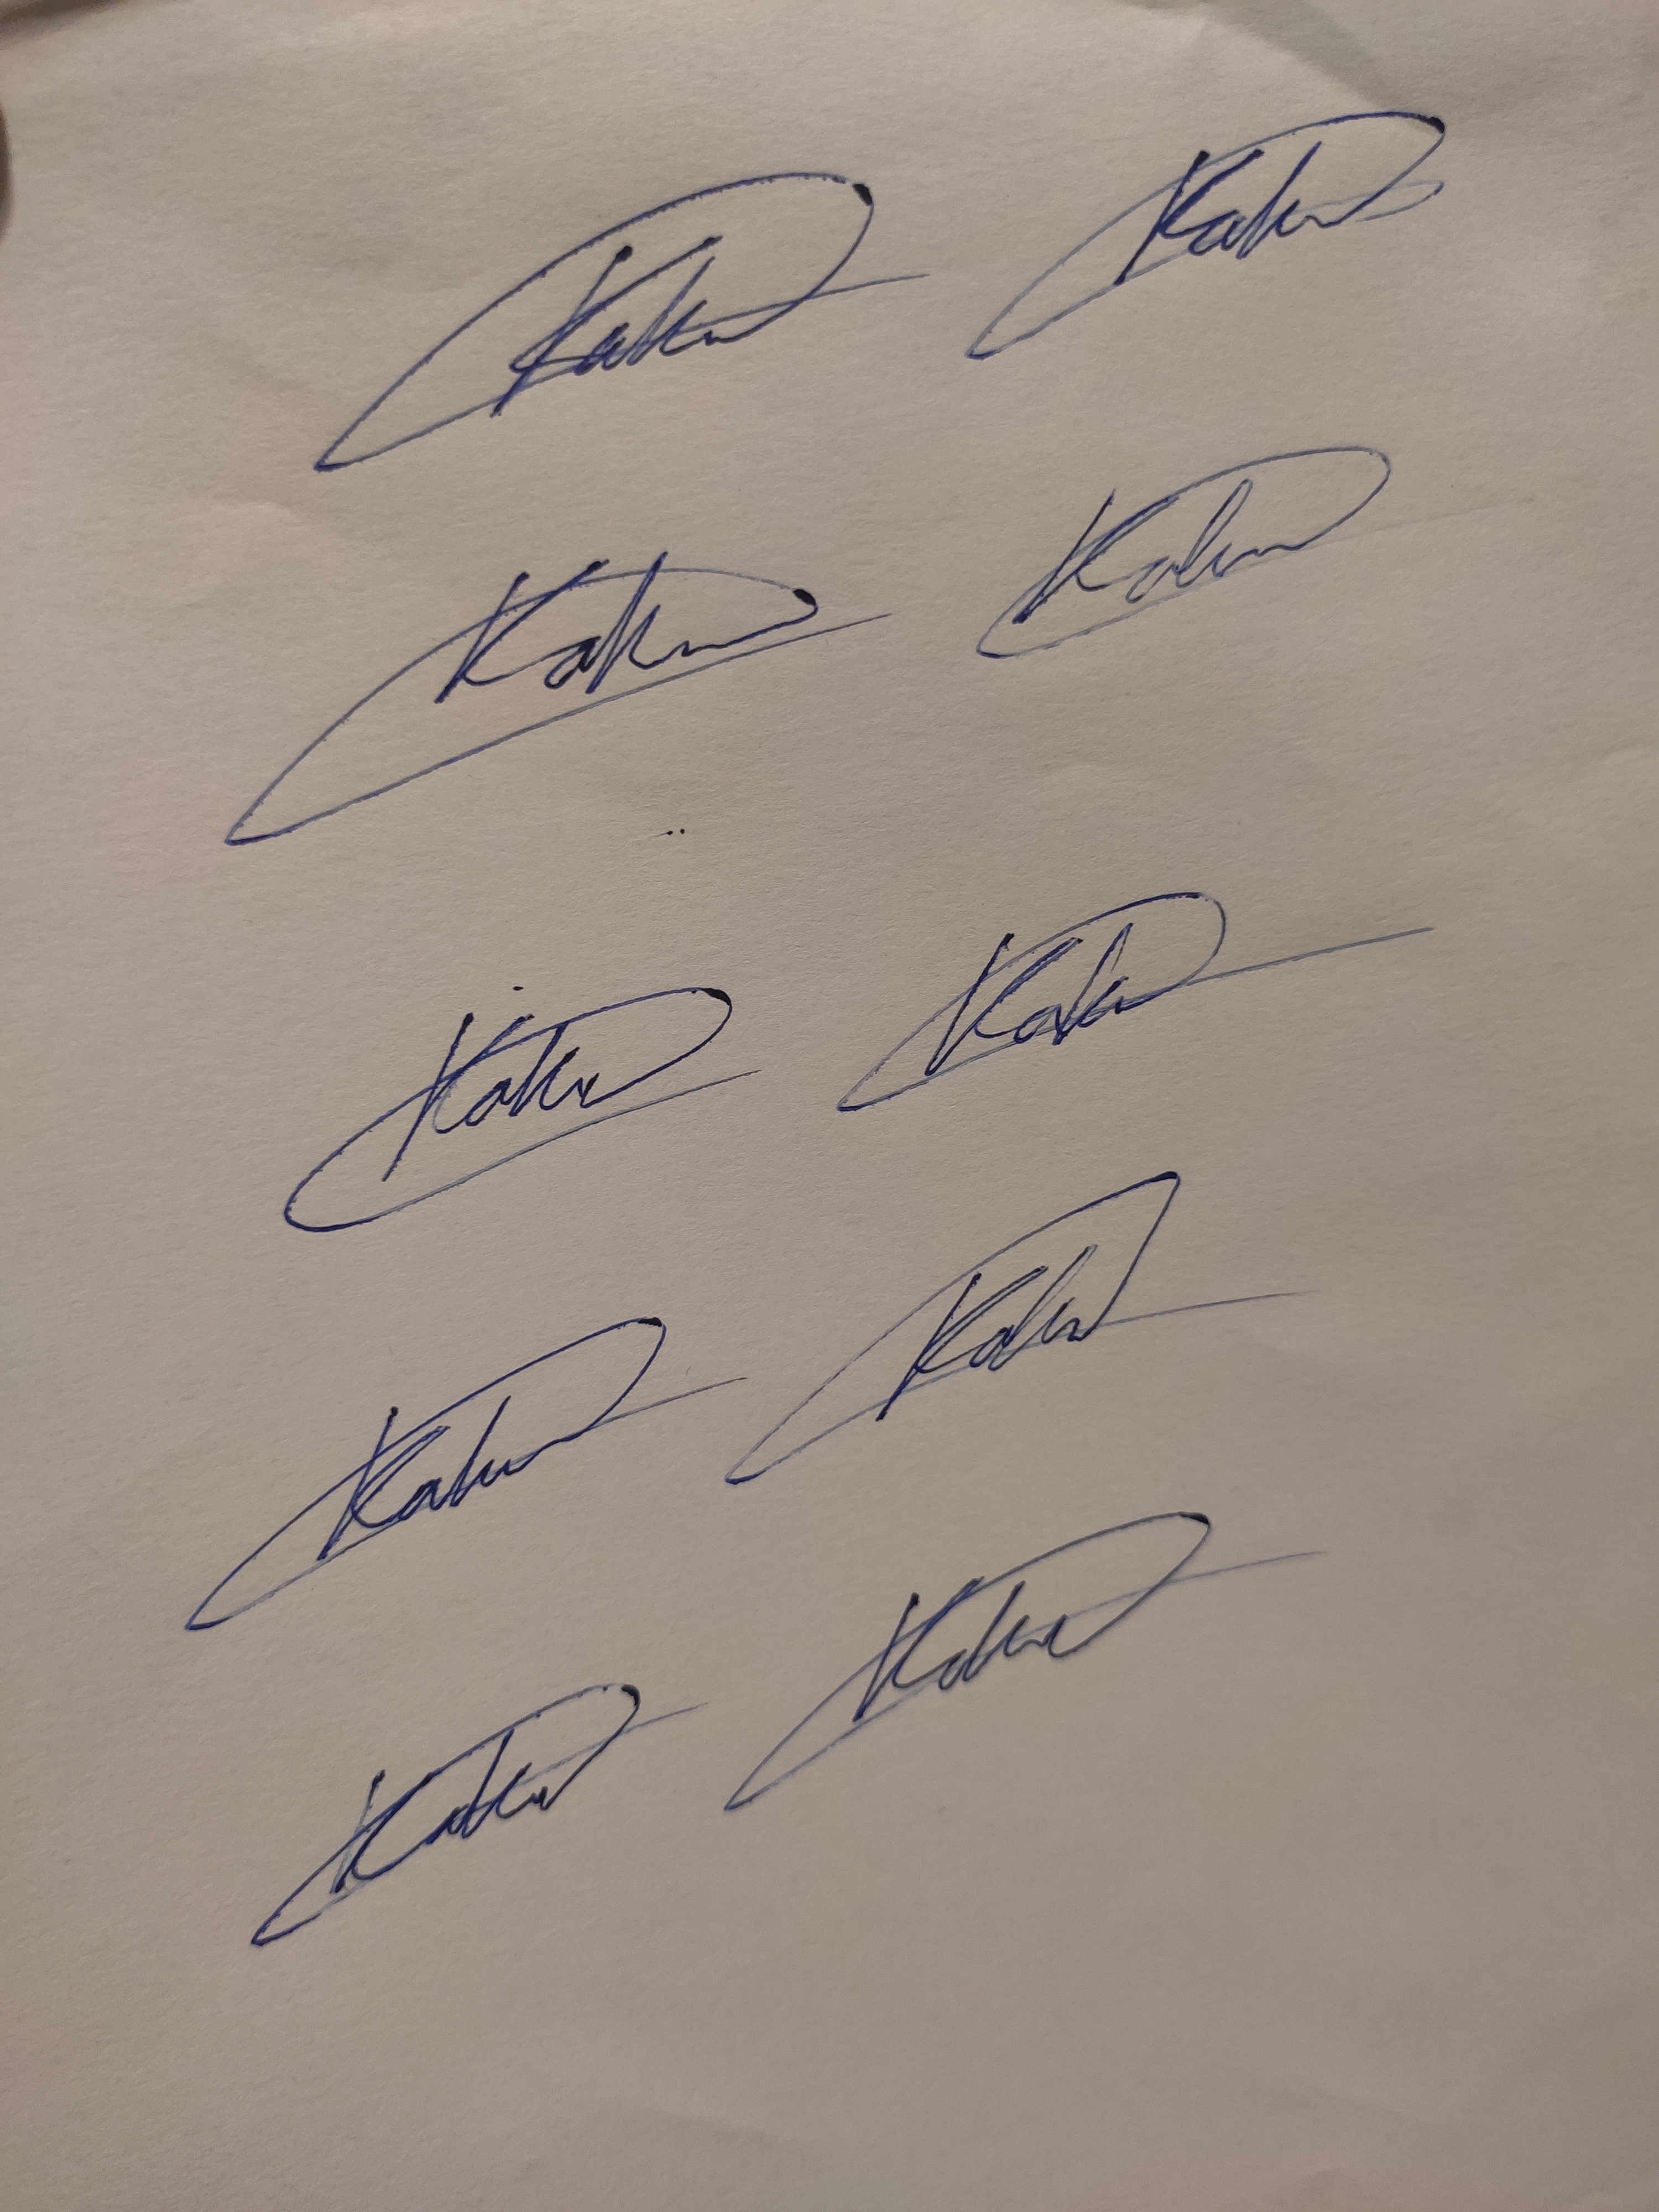
Signature authenticity: genuine